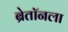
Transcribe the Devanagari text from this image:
ब्रेतॉनला